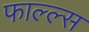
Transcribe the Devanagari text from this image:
फाल्ल्स